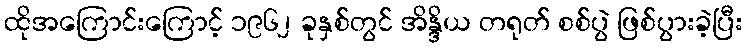
ထိုအကြောင်းကြောင့် ၁၉၆၂ ခုနှစ်တွင် အိန္ဒိယ တရုတ် စစ်ပွဲ ဖြစ်ပွားခဲ့ပြီး